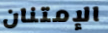
الإمتنان